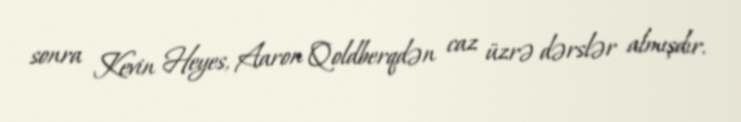
sonra Kevin Heyes, Aaron Qoldberqdən caz üzrə dərslər almışdır.